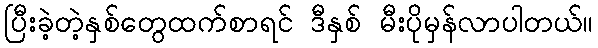
ပြီးခဲ့တဲ့နှစ်တွေထက်စာရင် ဒီနှစ် မီးပိုမှန်လာပါတယ်။